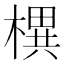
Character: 𣚣